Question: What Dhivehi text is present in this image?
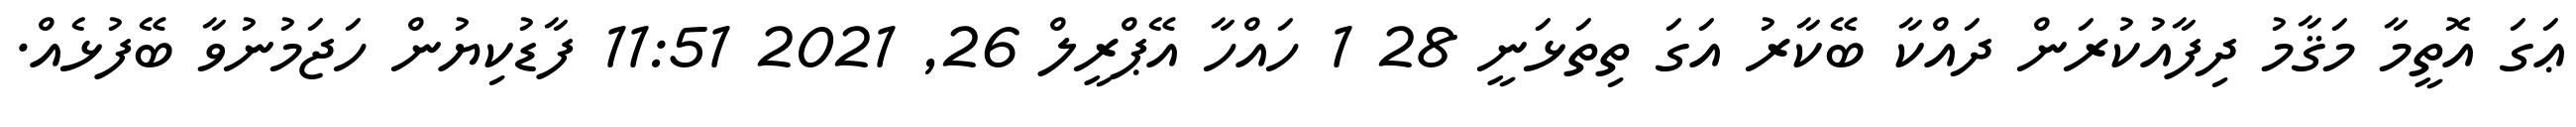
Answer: ޢަގަ އޮތީމާ މަޤާމު ދިފާއުކުރަން ދައްކާ ބޭކާރު އަގަ ތިތަޅަނީ 28 1 ހައްހާ އޭޕްރީލް 26, 2021 11:51 ފާޑުކިޔުން ހަޖަމުނުވާ ބޭފުޅެއް.